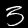
Digit: 3